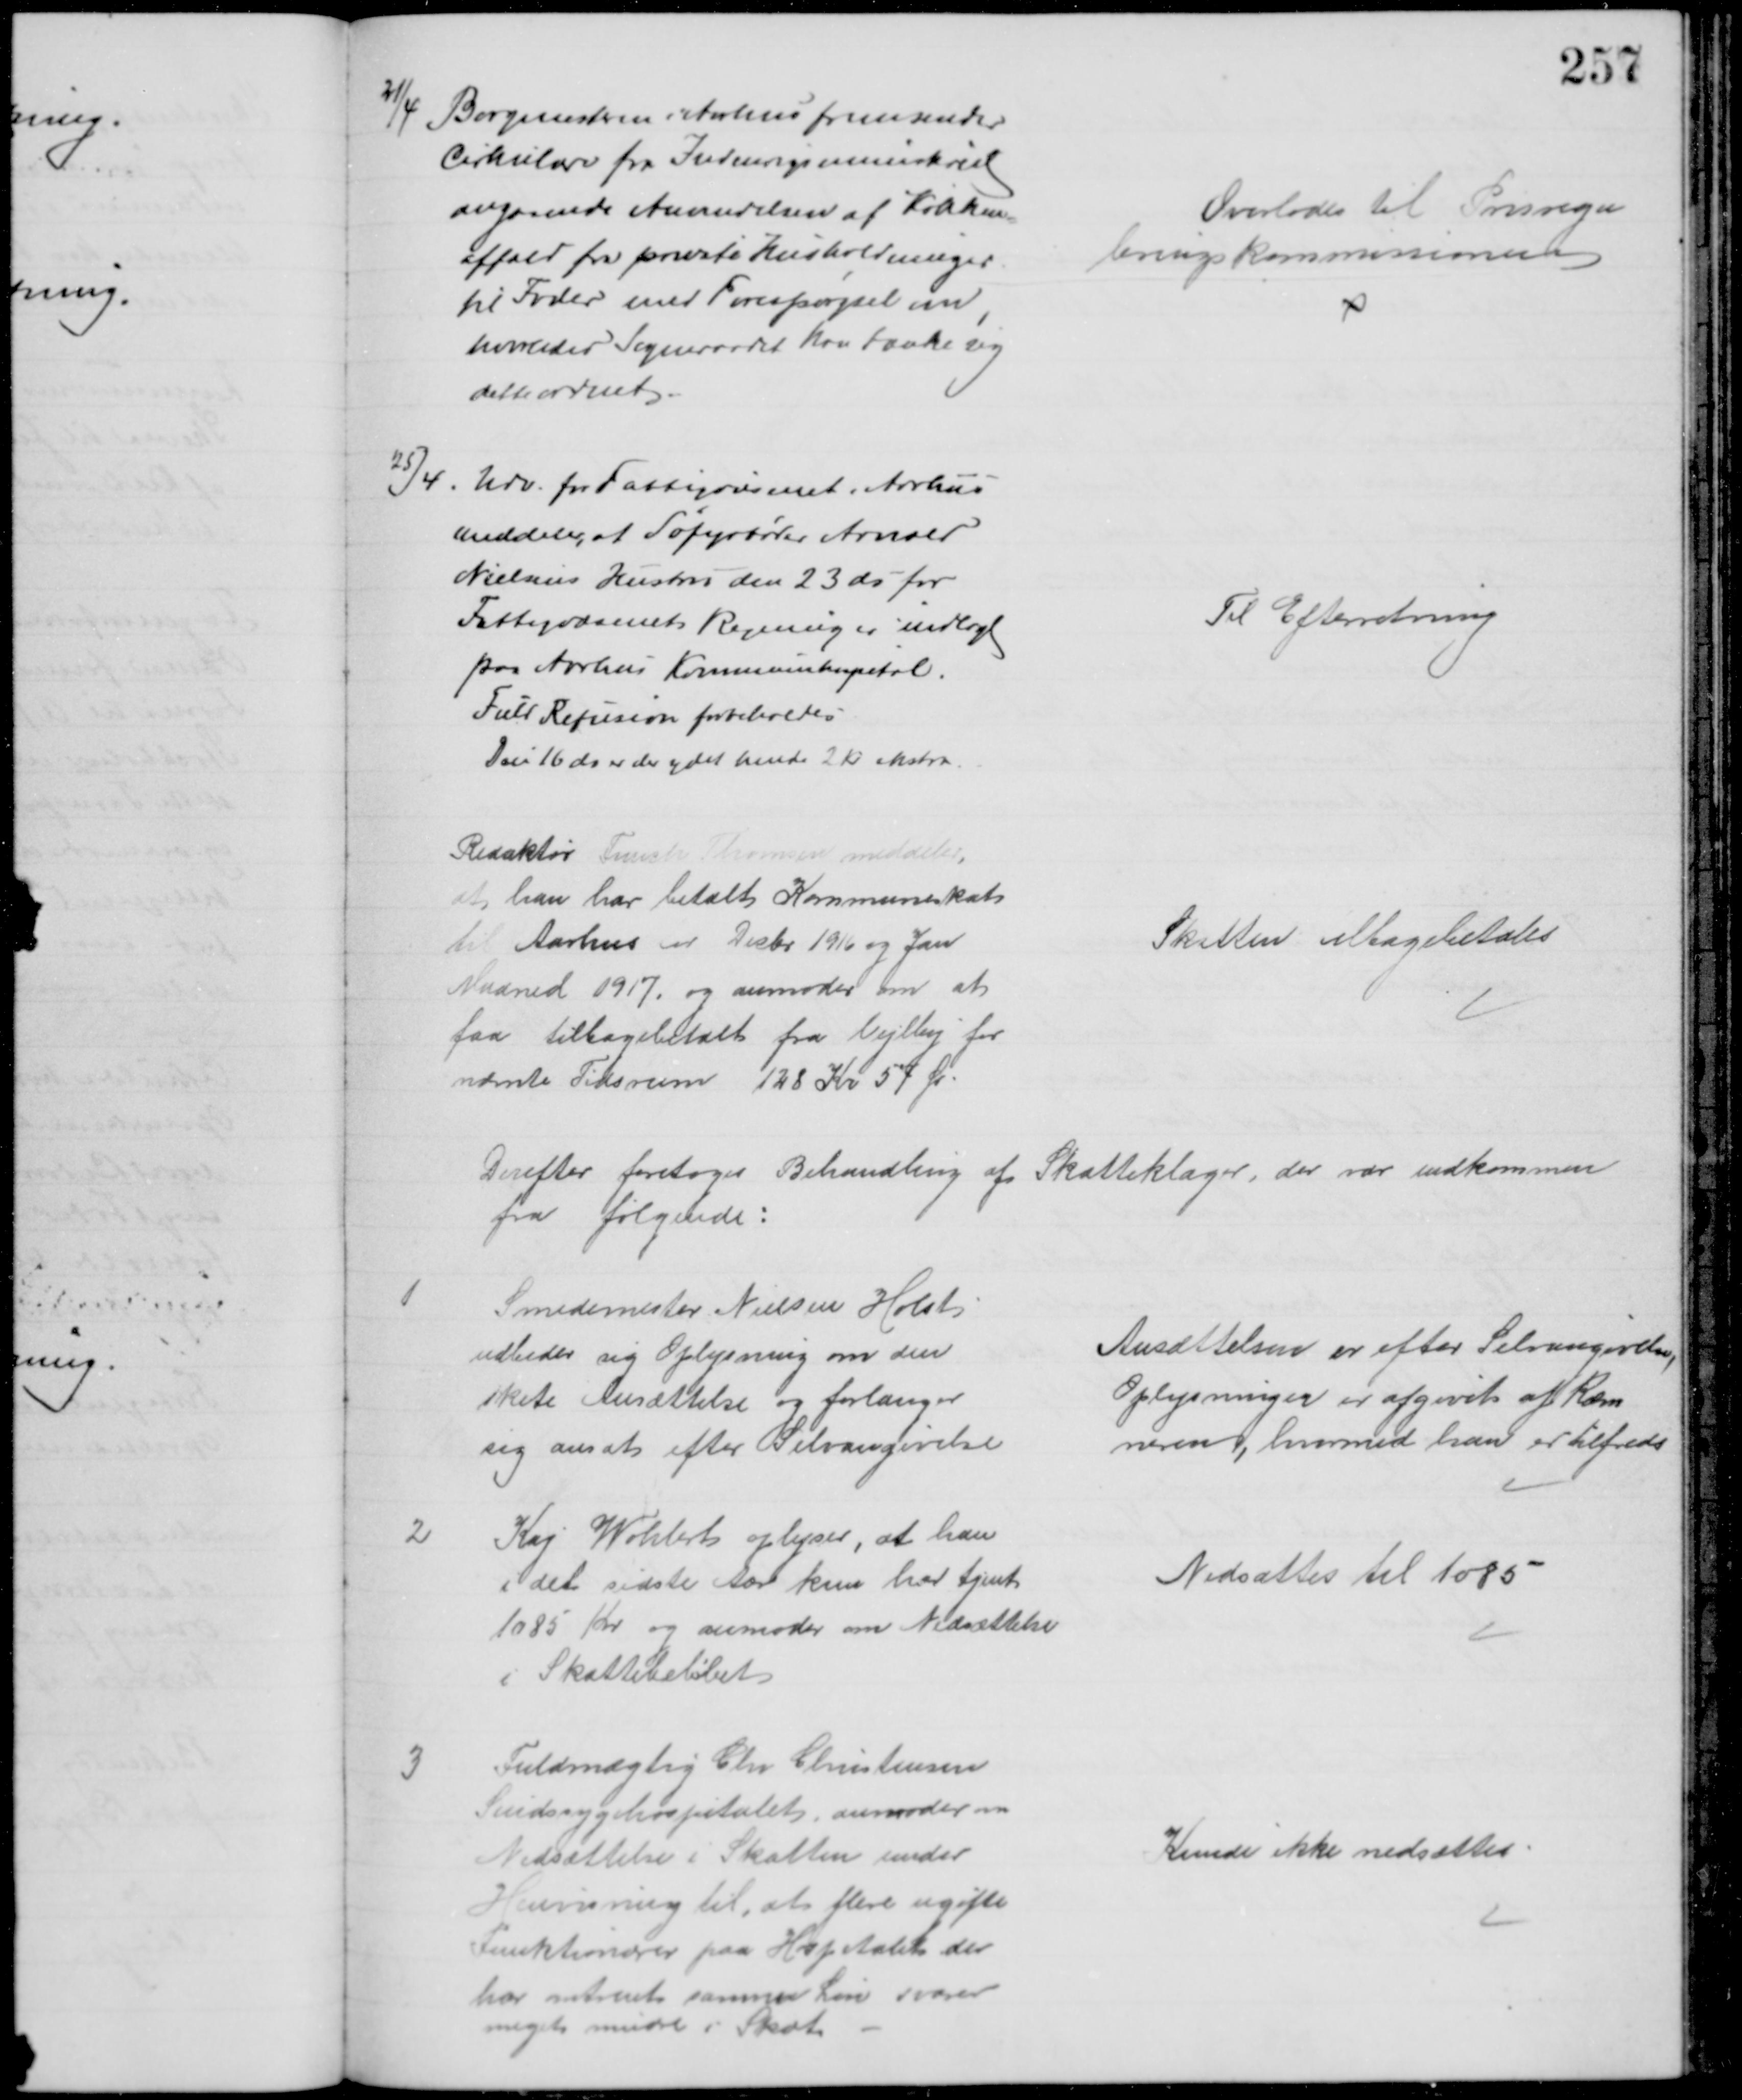
Transskription:
21/4
Borgmesteren i Aarhus fremsender
Cirkulære fra Indenrigsministeriet
angaaende Anvendelsen af Køkken-
affald fra private Husholdninger
til Foder med Forespørgsel om,
hvorledes Sogneraadet kan tænke sig 
dette ordnet.
Overlodes til Prisregu
leringskommissionen
25/4. Udv. for Fattigvæsenet i Aarhus
meddeler, at Søfyrbøder Arnved
Nielsens Hustru den 23 ds for
Fattigvæsenets Regning er indlagt
paa Aarhus Kommunehospital.
Fuld Refusion forbeholdes
Den 16 ds er der ydet hende 2 Kr ekstra.
Til Efterretning
Redaktør Funch Thomsen meddeler
at han har betalt Kommuneskat
til Aarhus i Decbr 1916 og Jan
Maaned 1917, og anmoder om at
faa tilbagebetalt fra Vejlby for
nævnte Tidsrum 128 Kr 57 Ør.
Skatten tilbagebetales
Derefter foretoges Behandling af Skatteklager, der var indkommen
fra følgende:
1
Smedemester Nielsen Holst
udbeder sig Oplysning om den
skete Ansættelse og forlanger
sig ansat efter Selvangivelse
Ansættelsen er efter Selvangivelse,
Oplysninger er afgivet af Kæm
neren, hvormed han er tilfreds
2
Kaj Wohlert oplyser, at han
i det sidste Aar kun har tjent
1085 Kr og anmoder om Nedsættelse
i Skattebeløbet
Nedsattes til 1085
3
Fuldmægtig Chr Christensen
Sindssygehospitalet, anmoder om
Nedsættelse i Skatten under
Henvisning til, at flere ugifte
Funktionærer paa Hospitalet der
har omtrent samme Løn svarer
meget mindre i Skat
Kunde ikke nedsættes.